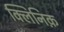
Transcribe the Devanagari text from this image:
क्लिनिक़